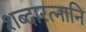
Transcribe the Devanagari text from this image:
शब्दारत्नानि